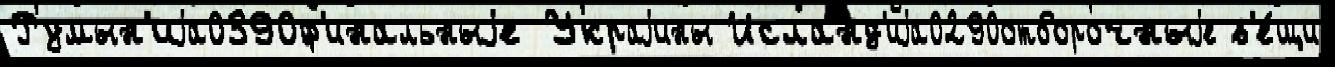
Румын'иjа0390ф'инальныjе Украjины Исланд'иjа0290отборочныjе в'е́щи